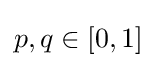
p,q\in [0,1]